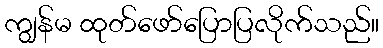
ကျွန်မ ထုတ်ဖော်ပြောပြလိုက်သည်။